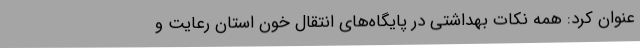
عنوان کرد: همه نکات بهداشتی در پایگاه‌های انتقال خون استان رعایت و